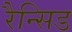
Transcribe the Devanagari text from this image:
रैन्सिड